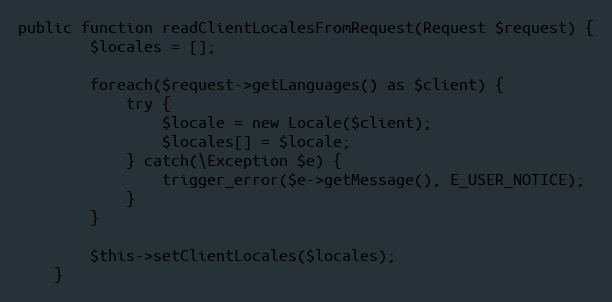
Language: PHP
public function readClientLocalesFromRequest(Request $request) {
        $locales = [];

        foreach($request->getLanguages() as $client) {
            try {
                $locale = new Locale($client);
                $locales[] = $locale;
            } catch(\Exception $e) {
                trigger_error($e->getMessage(), E_USER_NOTICE);
            }
        }

        $this->setClientLocales($locales);
    }